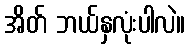
အိတ် ဘယ်နှလုံးပါလဲ။